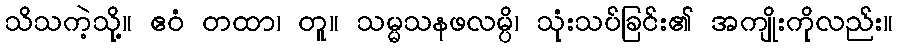
သိသကဲ့သို့။ ဧဝံ တထာ၊ တူ။ သမ္မသနဖလမ္ပိ၊ သုံးသပ်ခြင်း၏ အကျိုးကိုလည်း။